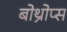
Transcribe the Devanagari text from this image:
बोथ्रोप्स